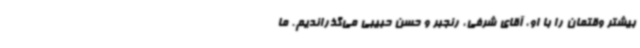
بیشتر وقتمان را با او، آقای شرفی، رنجبر و حسن حبیبی می‌گذراندیم. ما